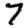
Digit: 7